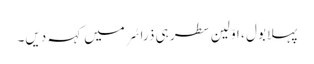
پہلا بول ، اوّلین سطر ہی ذرا سُر میں کہہ دیں۔